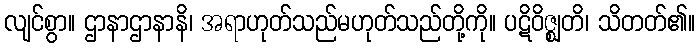
လျင်စွာ။ ဌာနာဌာနာနိ၊ အရာဟုတ်သည်မဟုတ်သည်တို့ကို။ ပဋိဝိဇ္ဈတိ၊ သိတတ်၏။